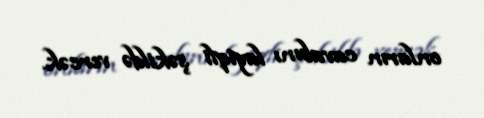
onların cavabını layiqli şəkildə vercək.